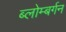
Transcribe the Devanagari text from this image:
ब्लोम्बर्गन